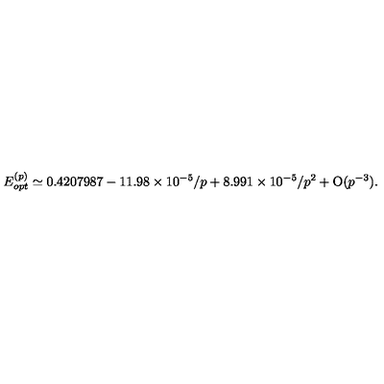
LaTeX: E _ { o p t } ^ { ( p ) } \simeq 0 . 4 2 0 7 9 8 7 - 1 1 . 9 8 \times 1 0 ^ { - 5 } / p + 8 . 9 9 1 \times 1 0 ^ { - 5 } / p ^ { 2 } + \mathrm { O } ( p ^ { - 3 } ) .